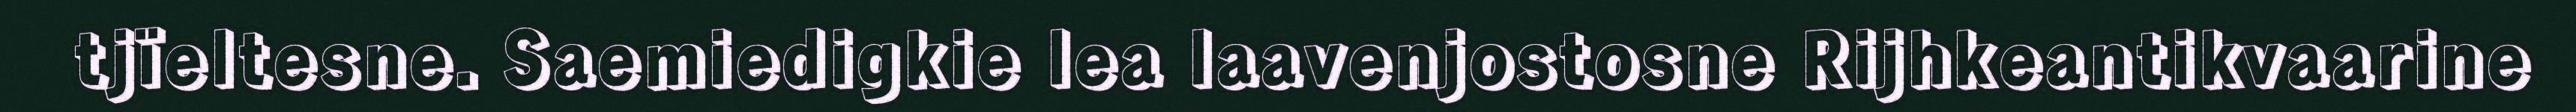
tjïeltesne. Saemiedigkie lea laavenjostosne Rijhkeantikvaarine